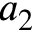
a _ { 2 }